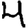
Digit: 4